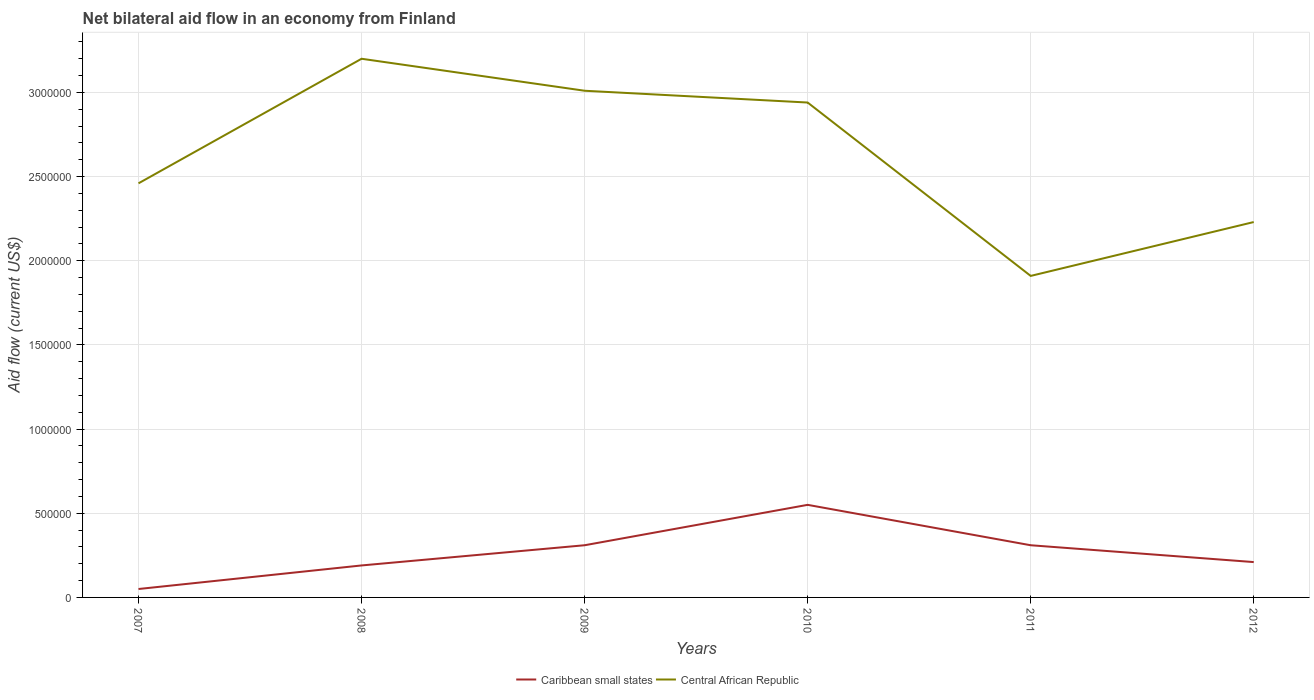
| Years | Caribbean small states | Central African Republic |
 | --- | --- | --- |
 | 2007 | 5e+04 | 2.46e+06 |
 | 2008 | 1.9e+05 | 3.2e+06 |
 | 2009 | 3.1e+05 | 3.01e+06 |
 | 2010 | 5.5e+05 | 2.94e+06 |
 | 2011 | 3.1e+05 | 1.91e+06 |
 | 2012 | 2.1e+05 | 2.23e+06 |